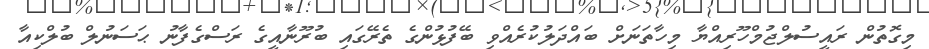
މިގޮތުން ރައީސުލްޖުމްހޫރިއްޔާ މިހާތަނަށް ބައްދަލުކުރެއްވި ބޭފުޅުންގެ ތެރޭގައި ބުރޫނާއީގެ ރަސްގެފާނު ޙަސަނުލް ބުލްކިއާ